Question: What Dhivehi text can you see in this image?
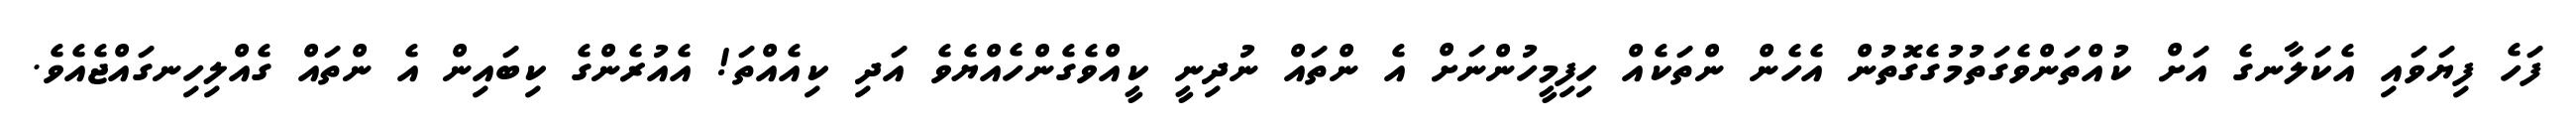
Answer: ފަހެ ފިޔަވައި އެކަލާނގެ އަށް ކުއްތަންވެގަތުމުގެގޮތުން އެހެން ންތަކެއް ހިފިމީހުންނަށް އެ ންތައް ނުދިނީ ކީއްވެގެންހެއްޔެވެ އަދި ކިއެއްތަ! އެއުރެންގެ ކިބައިން އެ ންތައް ގެއްލިހިނގައްޖެއެވެ.